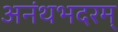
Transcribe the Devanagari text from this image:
अनंथभदरम्